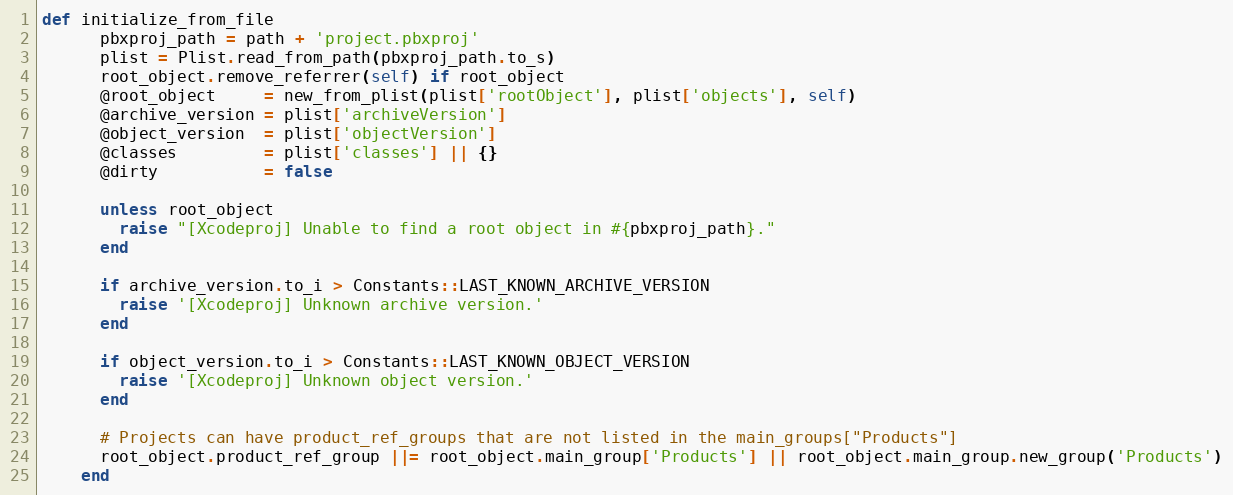
Language: Ruby
def initialize_from_file
      pbxproj_path = path + 'project.pbxproj'
      plist = Plist.read_from_path(pbxproj_path.to_s)
      root_object.remove_referrer(self) if root_object
      @root_object     = new_from_plist(plist['rootObject'], plist['objects'], self)
      @archive_version = plist['archiveVersion']
      @object_version  = plist['objectVersion']
      @classes         = plist['classes'] || {}
      @dirty           = false

      unless root_object
        raise "[Xcodeproj] Unable to find a root object in #{pbxproj_path}."
      end

      if archive_version.to_i > Constants::LAST_KNOWN_ARCHIVE_VERSION
        raise '[Xcodeproj] Unknown archive version.'
      end

      if object_version.to_i > Constants::LAST_KNOWN_OBJECT_VERSION
        raise '[Xcodeproj] Unknown object version.'
      end

      # Projects can have product_ref_groups that are not listed in the main_groups["Products"]
      root_object.product_ref_group ||= root_object.main_group['Products'] || root_object.main_group.new_group('Products')
    end